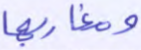
ومغاربها